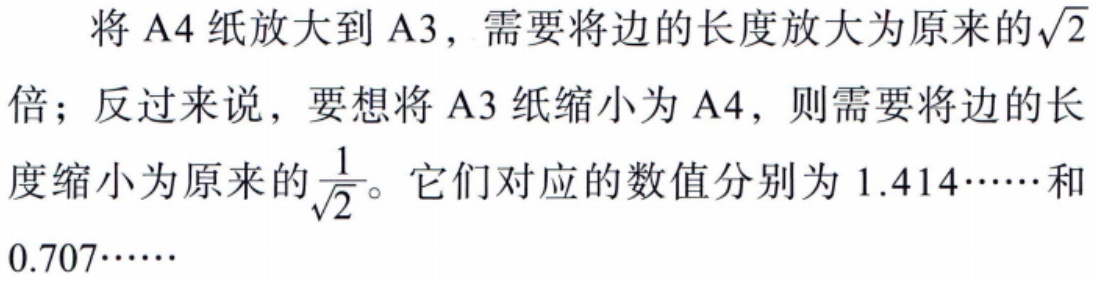
将 A4 纸放大到 A3，需要将边的长度放大为原来的\(\sqrt{2}\)倍；反过来说，要想将 A3 纸缩小为 A4，则需要将边的长度缩小为原来的\(\frac{1}{\sqrt{2}}\)。它们对应的数值分别为 \(1.414\cdots\)和 \(0.707\cdots\)